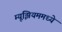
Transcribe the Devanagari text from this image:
म्यूझियममध्ये